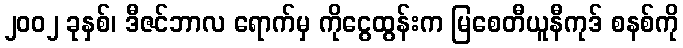
၂၀၀၂ ခုနှစ်၊ ဒီဇင်ဘာလ ရောက်မှ ကိုငွေထွန်းက မြစေတီယူနီကုဒ် စနစ်ကို